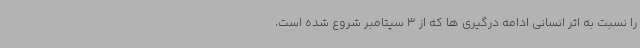
را نسبت به اثر انسانی ادامه درگیری ها که از 3 سپتامبر شروع شده است،